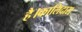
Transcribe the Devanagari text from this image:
है।कालिदास